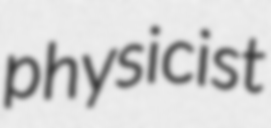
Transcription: physicist